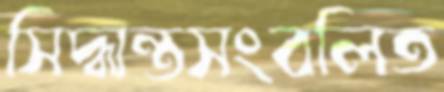
সিদ্ধান্তসংবলিত